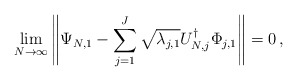
\begin{align*} \lim_{N\to \infty} \left\| \Psi_{N,1} - \sum_{j=1}^J \sqrt{\lambda_{j,1}} U_{N,j}^\dagger\Phi_{j,1} \right\| = 0\,,\end{align*}